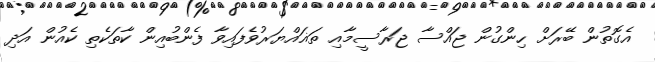
އެގޮތުން ބޭރަށް ހިންގުން ޖައްސާ ޖަރާސީމާއި ތަޣައްޔަރުވެފައިވާ ފެންބުއިން ކާތަކެތި ކެއުން އަދި